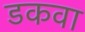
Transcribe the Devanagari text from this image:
डकवा